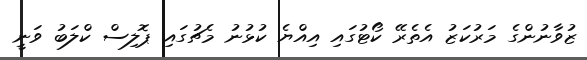
ޒުވާނުންގެ މަރުކަޒު އެތެރޭ ކޯޓުގައި އިއްޔެ ކުޅުނު މެޗުގައި ޕޮލިސް ކްލަބު ވަނީ